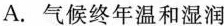
A. 气候终年温和湿润